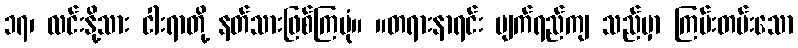
၁၇၊ လင်းနို့သား ငါးရာတို့ နတ်သားဖြစ်ကြပုံ။ ။တရားနာရင်း မျက်ရည်ကျ သည်မှာ ကြမ်းတမ်းသော